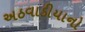
અઠવાડીયાનો